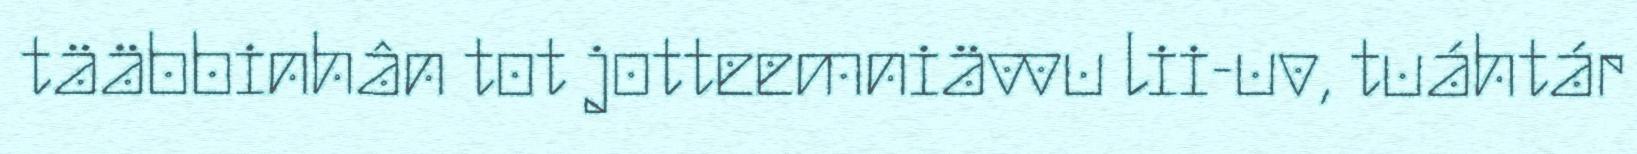
tääbbinhân tot jotteemniävvu lii-uv, tuáhtár